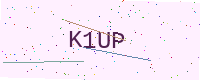
Text: K1UP